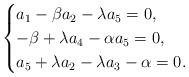
LaTeX: \begin{align*}\begin{cases}a_1-\beta a_2-\lambda a_5=0,\\-\beta +\lambda a_4-\alpha a_5=0,\\a_5+\lambda a_2-\lambda a_3-\alpha =0.\end{cases}\end{align*}